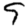
Digit: 9